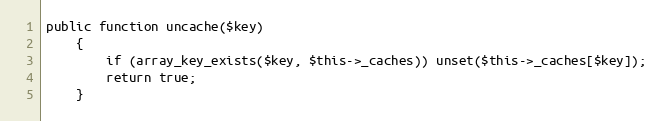
Language: PHP
public function uncache($key)
    {
        if (array_key_exists($key, $this->_caches)) unset($this->_caches[$key]);
        return true;
    }